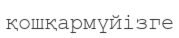
қошқармүйізге